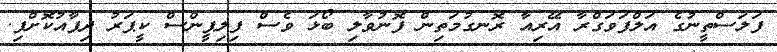
ފަލަސްތީނުގެ އަލްފަވަގްރާ އޭރިއާ ރޮނގުމަތިން ފޮނުވާލި ބޯޅަ ވެސް ފިލިޕީންސް ކީޕަރު ދިފާއުކޮށްފި.